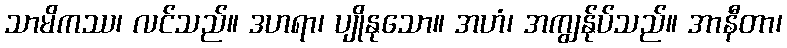
သာမိကဿ၊ လင်သည်။ ဒဟရာ၊ ပျိုနုသော။ အဟံ၊ အကျွန်ုပ်သည်။ အာနီတာ၊